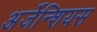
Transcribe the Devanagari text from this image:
अर्जेन्शियस